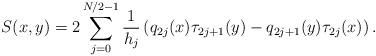
LaTeX: \begin{align*}S(x,y)=2\sum_{j=0}^{N/2-1}\frac{1}{h_j}\left(q_{2j}(x)\tau_{2j+1}(y)-q_{2j+1}(y)\tau_{2j}(x)\right).\end{align*}